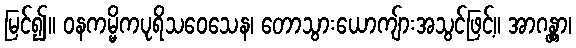
မြင်၍။ ဝနကမ္မိကပုရိသဝေသေန၊ တောသွားယောကျ်ားအသွင်ဖြင့်။ အာဂန္တွာ၊